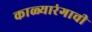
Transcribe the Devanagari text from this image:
काळ्यारंगाची